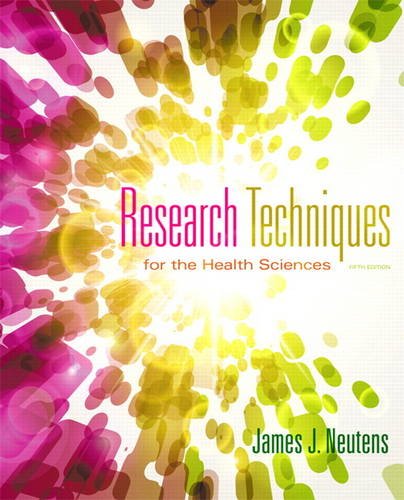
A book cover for Research Techniques for the Health Sciences (5th Edition) (Neutens, Research Techniques for the Health Sciences); James J. Neutens; Medical Books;